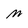
Character: m